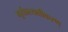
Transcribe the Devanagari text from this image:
मूर्त्तप्रत्यक्षीकरण्